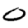
Digit: 0